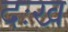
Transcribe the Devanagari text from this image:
दःख